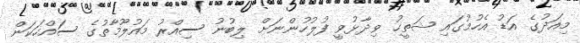
މިއަދުގެ އަޑު އެހުމުގައި ޝަތީހު ވިދާޅުވީ ފުލުހުންނަށް ލިބުނު ސިއްރު މައުލޫމާތުގެ ސައްހަކަން